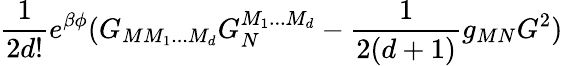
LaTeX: \frac{1}{2d!}e^{\beta\phi}(G_{MM_{1}...M_{d}}G_{N}^{M_{1}...M_{d}}-\frac{1}{2(d+1)}g_{MN}G^{2})